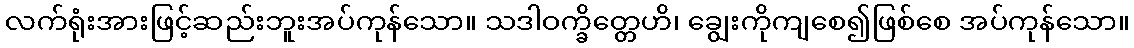
လက်ရုံးအားဖြင့်ဆည်းဘူးအပ်ကုန်သော။ သဒါဝက္ခိတ္တေဟိ၊ ချွေးကိုကျစေ၍ဖြစ်စေ အပ်ကုန်သော။